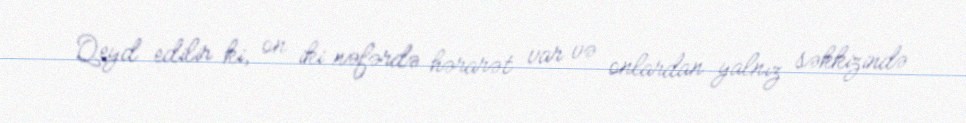
Qeyd edilir ki, on iki nəfərdə hərarət var və onlardan yalnız səkkizində